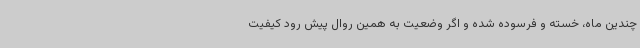
چندین ماه، خسته و فرسوده شده و اگر وضعیت به همین روال پیش رود کیفیت